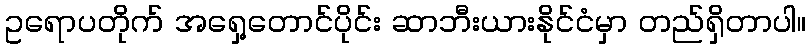
ဥရောပတိုက် အရှေ့တောင်ပိုင်း ဆာဘီးယားနိုင်ငံမှာ တည်ရှိတာပါ။